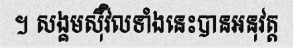
។ សង្គមស៊ីវិលទាំងនេះបានអនុវត្ត